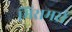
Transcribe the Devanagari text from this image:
मिरामर्स